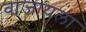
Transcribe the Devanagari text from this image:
वाजायला